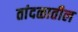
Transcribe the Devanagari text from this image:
तांदळातील